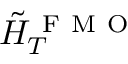
\tilde { H } _ { T } ^ { \mathrm { ~ F ~ M ~ O ~ } }